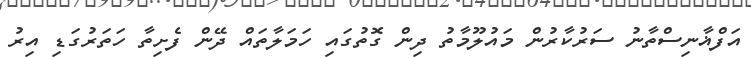
އަފްޣާނިސްތާނު ސަރުކާރުން މައުލޫމާތު ދިން ގޮތުގައި ހަމަލާތައް ދޭން ފެށިތާ ހަތަރުގަޑި އިރު